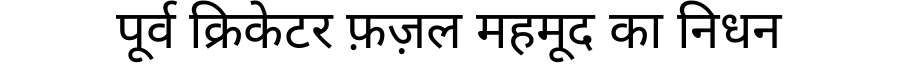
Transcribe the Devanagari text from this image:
पूर्व क्रिकेटर फ़ज़ल महमूद का निधन